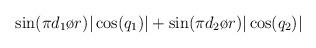
LaTeX: \begin{align*}\sin({{\pi d_1}\o {r}})|\cos(q_1)| + \sin({{\pi d_2}\o {r}}) |\cos(q_2)|\end{align*}